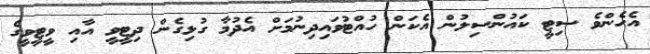
އެހެންވެ ސިޓީ ކައުންސިލުން އެކަން ހުއްޓުވައިދިނުމަށް އެދުމާ ގުޅިގެން ދިޓީވީ އާއި ވީޓީވީގެ